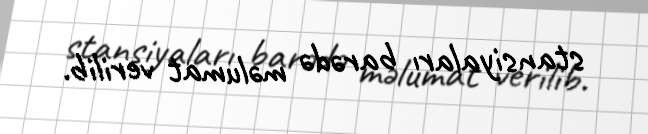
stansiyaları barədə məlumat verilib.